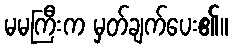
မမကြီးက မှတ်ချက်ပေး၏။